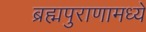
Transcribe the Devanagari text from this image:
ब्रह्मपुराणामध्ये